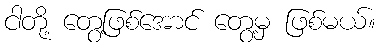
ငါတို့ တွေ့ဖြစ်အောင် တွေ့မှ ဖြစ်မယ်။